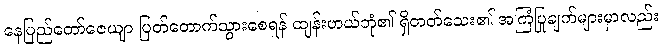
နေပြည်တော်ဇေယျာ ပြတ်တောက်သွားစေရန် ထျန်းဟယ်ဘုံ၏ ရှိတတ်သေး၏ အကြံပြုချက်များမှာလည်း